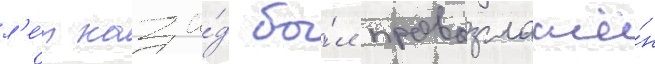
л'е́т наза́д бы́л провозглашё́н